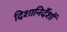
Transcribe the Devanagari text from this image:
दिशानिर्देंशों